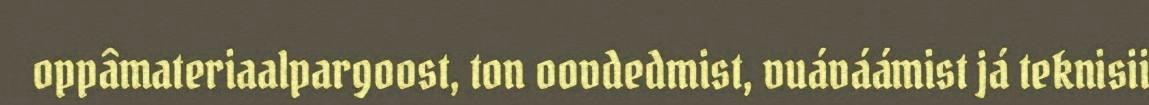
oppâmateriaalpargoost, ton oovdedmist, vuáváámist já teknisii